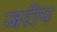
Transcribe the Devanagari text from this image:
जरीप